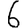
Digit: 6